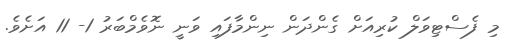
މި ފެސްޓިވަލް ކުރިއަށް ގެންދަން ނިންމާފައި ވަނީ ނޮވެމްބަރު 1- 11 އަށެވެ.